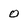
Character: 0